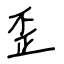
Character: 歪